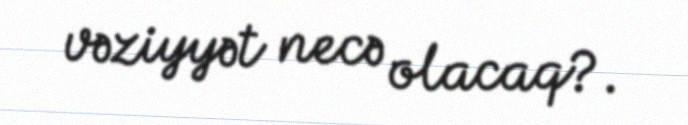
vəziyyət necə olacaq?.